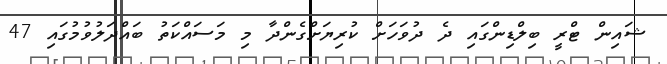
ޝައިން ޓްރީ ބިލްޑިންގައި ދެ ދުވަހަށް ކުރިޔަށްގެންދާ މި މަސައްކަތު ބައްދަލުވުމުގައި 47